Indian journal of veterinary science and animal husbandry - Volumes 15-17, 1948-1951
Year: 1948
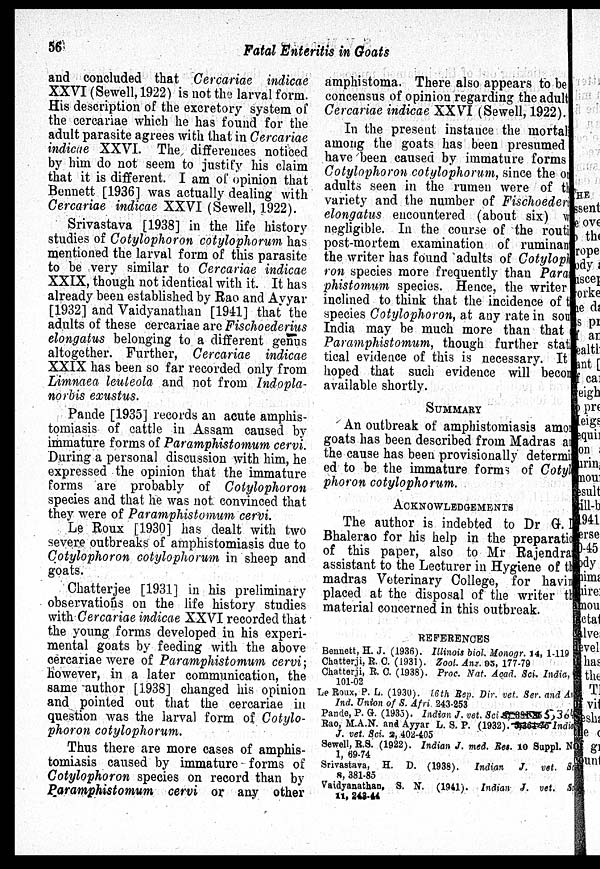
56
Fatal Enteritis in Goats
and concluded that Cercariae indicae
XXVI (Sewell, 1922) is not the larval form.
His description of the excretory system of
the cercariae which he has found for the
adult parasite agrees with that in Cercariae
indicae XXVI. The differences noticed
by him do not seem to justify his claim
that it is different. I am of opinion that
Bennett [1936] was actually dealing with
Cercariae indicae XXVI (Sewell, 1922).
Srivastava [1938] in the life history
studies of Cotylophoron cotylophorum has
mentioned the larval form of this parasite
to be very similar to Cercariae indicae
XXIX, though not identical with it. It has
already been established by Rao and Ayyar
[1932] and Vaidyanathan [1941] that the
adults of these cercariae are Fischoederius
elongatus belonging to a different genus
altogether. Further, Cercariae indicae
XXIX has been so far recorded only from
Limnaea leuleola and not from Indopla-
norbis exustus.
Pande [1935] records an acute amphis-
tomiasis of cattle in Assam caused by
immature forms of Paramphistomum cervi.
During a personal discussion with him, he
expressed the opinion that the immature
forms are probably of Cotylophoron
species and that he was not convinced that
they were of Paramphistomum cervi.
Le Roux [1930] has dealt with two
severe outbreaks of amphistomiasis due to
Cotylophoron cotylophorum in sheep and
goats.
Chatterjee [1931] in his preliminary
observations on the life history studies
with Cercariae indicae XXVI recorded that
the young forms developed in his experi-
mental goats by feeding with the above
cercariae were of Paramphistomum cervi;
however, in a later communication, the
same author [1938] changed his opinion
and pointed out that the cercariae in
question was the larval form of Cotylo-
phoron cotylophorum.
Thus there are more cases of amphis-
tomiasis caused by immature forms of
Cotylophoron species on record than by
Paramphistomum cervi or any other
amphistoma. There also appears to be
concensus of opinion regarding the adult
Cercariae indicae XXVI (Sewell, 1922).
In the present instance the mortali
among the goats has been presumed
have been caused by immature forms
Cotylophoron cotylophorum, since the on
adults seen in the rumen were of the
variety and the number of Fischoederi
elongatus encountered (about six) w
negligible. In the course of the routin
post-mortem examination of ruminant
the writer has found adults of Cotylopho
ron species more frequently than Para
phistomum species. Hence, the writer
inclined to think that the incidence of the
species Cotylophoron, at any rate in south
India may be much more than that
Paramphistomum, though further statis
tical evidence of this is necessary. It
hoped that such evidence will become
available shortly.
SUMMARY
An outbreak of amphistomiasis among
goats has been described from Madras and
the cause has been provisionally determing
ed to be the immature forms of Cotylo
phoron cotylophorum.
AKNOWLEDGEMENTS
The author is indebted to Dr G. D.
Bhalerao for his help in the preparation
of this paper, also to Mr Rajendran
assistant to the Lecturer in Hygiene of the
madras Veterinary College, for having
placed at the disposal of the writer the
material concerned in this outbreak.
REFERENCES
Bennett, H. J. (1936). Illinois biol. Monogr. 14, 1-119
Chatterji, R. C. (1931). Zool. Anz. 95, 177-79
Chatterji, R. C. (1938). Proc. Nat. Acad. Sci. India,
101-02
LeRoux, P. L. (1930). 16th Rep. Dir. vet. Ser. and Am
Ind. Union of S. Afri. 243-253
Pande, P. G. (1933). Indian J. vet. Sci
5364
Rao, M.A.N. and Ayyar L. S. P. (1932).
India
J. vet. Sci. 2, 402-405
Sewell, R.8. (1922). Indian J. med. Res. 10 Suppl. Na
1, 69-74
Srivastava, H. D. (1938). Indian
J. vet. Sc
8, 381-85
Vaidyanathan, S. N. (1941). Indian J. vet. Sc
11, 243-44